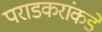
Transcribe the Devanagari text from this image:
पराडकरांकडे